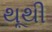
થૂથી